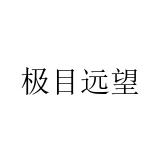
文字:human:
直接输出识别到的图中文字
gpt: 极目远望